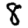
Digit: 8